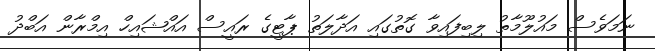
ނަމަވެސް މައުލޫމާތު ލިބިފައިވާ ގޮތުގައި އަދާލަތު ޕާޓީގެ ރައީސް އައްޝައިހް އިމްރާން އަބްދު